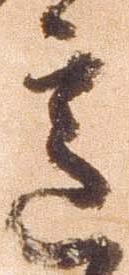
意